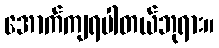
အောက်ကျရပါတယ်ဘုရား။